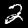
Digit: 2